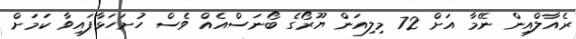
ރެއާލްއިން ނޭމާ އަށް 72 މިލިއަން ޔޫރޯގެ ބޯނަސްއެއް ވެސް ހުށަހަޅާފައިވާ ކަމަށް